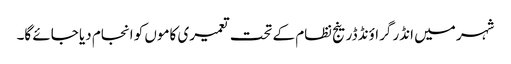
شہر میں انڈر گراؤنڈ ڈرینج نظام کے تحت تعمیری کاموں کو انجام دیا جائے گا۔